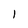
Character: 1